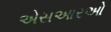
એસઆરઓ